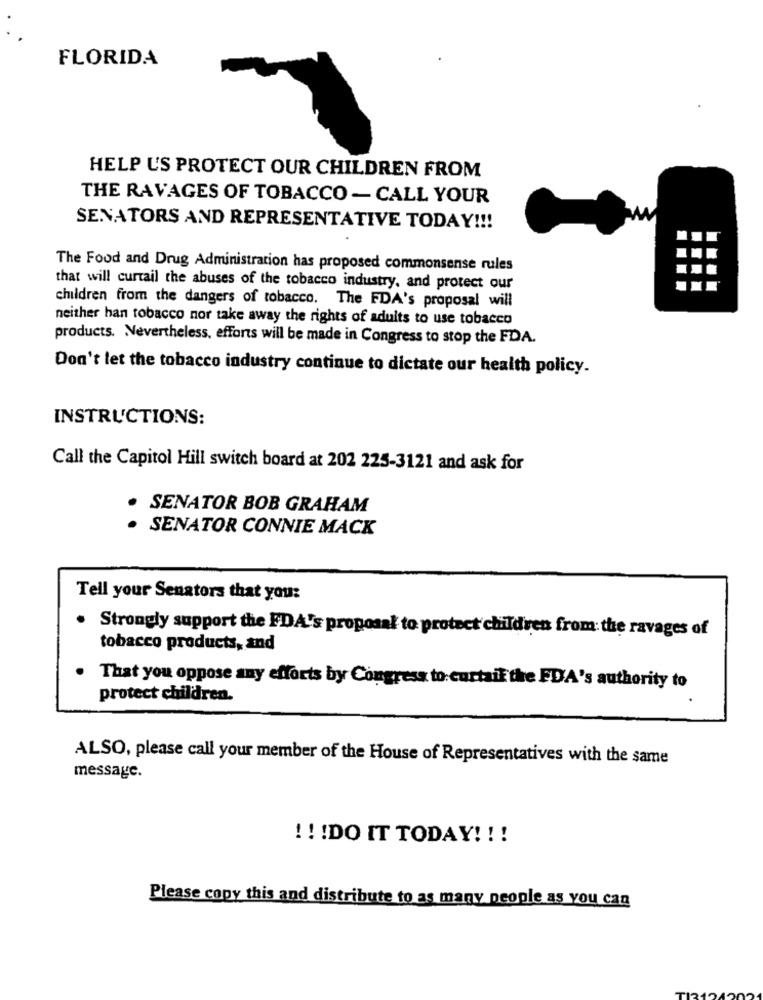
FLORIDA
HELP U'S PROTECT OUR CHILDREN FROM
THE RAVAGES OF TOBACCO - CALL YOUR
SENATORS AND REPRESENTATIVE TODAY !!!
The Food and Drug Administration has proposed commonsense rules
that will curtail the abuses of the tobacco industry, and protect our
children from the dangers of tobacco. The FDA's proposal will
neither han tobacco nor take away the rights of adults to use tobacco
products. Nevertheless, efforts will be made in Congress to stop the FDA.
Don't let the tobacco industry continue to dictate our health policy.
INSTRUCTIONS:
Call the Capitol Hill switch board at 202 225-3121 and ask for
. SENATOR BOB GRAHAM
SENATOR CONNIE MACK
Tell your Senators that you:
. Strongly support the FDA's proposal to protect children from: the ravages of
tobacco products, and
. That you oppose any efforts by Congress to curtail the FDA's authority to
protect children.
ALSO, please call your member of the House of Representatives with the same
message.
! ! ! DO IT TODAY! ! !
Please copy this and distribute to as many people as you can